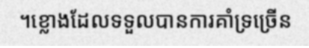
។ខ្លោងដែលទទួលបានការគាំទ្រច្រើន